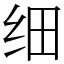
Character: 细